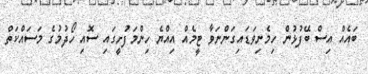
ބައެއް އިސް ބޭފުޅުން ހިމެނިވަޑައިގަންނަވާ ޓީމެއް އިއްޔެ ހިންމަފުށީގައި ސޮއި ހޯދުމުގެ މަސައްކަތް